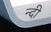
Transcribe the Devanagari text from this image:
न्दी